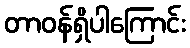
တာဝန်ရှိပါကြောင်း